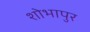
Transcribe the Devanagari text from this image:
शोभापुर